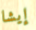
إيشا